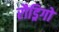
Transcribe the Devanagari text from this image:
रौड्रिगो